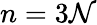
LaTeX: n=3\mathcal{N}